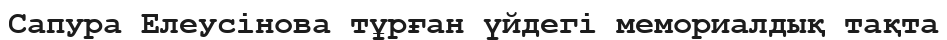
Сапура Елеусінова тұрған үйдегі мемориалдық тақта